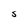
Character: S